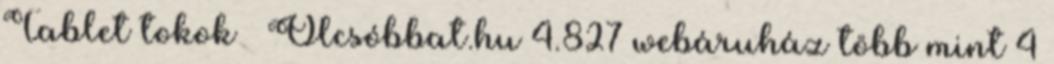
Tablet tokok – Olcsóbbat.hu 4.827 webáruház több mint 4